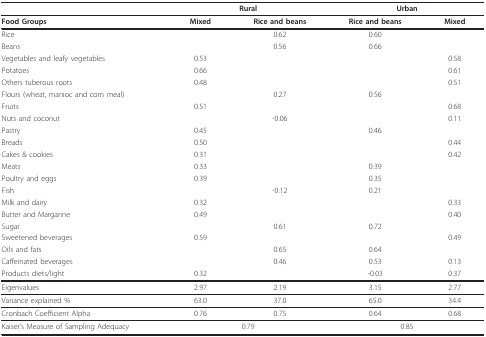
<table><thead><tr><td></td><td colspan="2"><b>Rural</b></td><td colspan="2"><b>Urban</b></td></tr></thead><tbody><tr><td><b>Food Groups</b></td><td><b>Mixed</b></td><td><b>Rice and beans</b></td><td><b>Rice and beans</b></td><td><b>Mixed</b></td></tr><tr><td>Rice</td><td></td><td>0.62</td><td>0.60</td><td></td></tr><tr><td>Beans</td><td></td><td>0.56</td><td>0.66</td><td></td></tr><tr><td>Vegetables and leafy vegetables</td><td>0.53</td><td></td><td></td><td>0.58</td></tr><tr><td>Potatoes</td><td>0.66</td><td></td><td></td><td>0.61</td></tr><tr><td>Others tuberous roots</td><td>0.48</td><td></td><td></td><td>0.51</td></tr><tr><td>Flours (wheat, manioc and corn meal)</td><td></td><td>0.27</td><td>0.56</td><td></td></tr><tr><td>Fruits</td><td>0.51</td><td></td><td></td><td>0.68</td></tr><tr><td>Nuts and coconut</td><td></td><td>-0.06</td><td></td><td>0.11</td></tr><tr><td>Pastry</td><td>0.45</td><td></td><td>0.46</td><td></td></tr><tr><td>Breads</td><td>0.50</td><td></td><td></td><td>0.44</td></tr><tr><td>Cakes &amp; cookies</td><td>0.31</td><td></td><td></td><td>0.42</td></tr><tr><td>Meats</td><td>0.33</td><td></td><td>0.39</td><td></td></tr><tr><td>Poultry and eggs</td><td>0.39</td><td></td><td>0.35</td><td></td></tr><tr><td>Fish</td><td></td><td>-0.12</td><td>0.21</td><td></td></tr><tr><td>Milk and dairy</td><td>0.32</td><td></td><td></td><td>0.33</td></tr><tr><td>Butter and Margarine</td><td>0.49</td><td></td><td></td><td>0.40</td></tr><tr><td>Sugar</td><td></td><td>0.61</td><td>0.72</td><td></td></tr><tr><td>Sweetened beverages</td><td>0.59</td><td></td><td></td><td>0.49</td></tr><tr><td>Oils and fats</td><td></td><td>0.65</td><td>0.64</td><td></td></tr><tr><td>Caffeinated beverages</td><td></td><td>0.46</td><td>0.53</td><td>0.13</td></tr><tr><td>Products diets/light</td><td>0.32</td><td></td><td>-0.03</td><td>0.37</td></tr><tr><td>Eigenvalues</td><td>2.97</td><td>2.19</td><td>3.15</td><td>2.77</td></tr><tr><td>Variance explained %</td><td>63.0</td><td>37.0</td><td>65.0</td><td>34.4</td></tr><tr><td>Cronbach Coefficient Alpha</td><td>0.76</td><td>0.75</td><td>0.64</td><td>0.68</td></tr><tr><td>Kaiser&#x27;s Measure of Sampling Adequacy</td><td colspan="2">0.79</td><td colspan="2">0.85</td></tr></tbody></table>